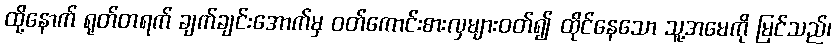
ထို့နောက် ရုတ်တရက် ချက်ချင်းအောက်မှ ဝတ်ကောင်းစားလှများဝတ်၍ ထိုင်နေသော သူ့အမေကို မြင်သည်၊